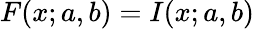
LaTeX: F(x;a,b)=I(x;a,b)